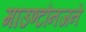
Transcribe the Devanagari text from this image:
माउण्टौनजने